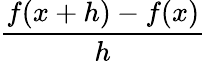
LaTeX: \frac{f(x+h)-f(x)}{h}